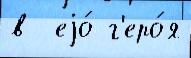
в  еjо́ г'еро́я